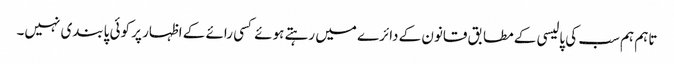
تاہم ہم سب کی پالیسی کے مطابق قانون کے دائرے میں رہتے ہوئے کسی رائے کے اظہار پر کوئی پابندی نہیں۔